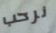
نرحب